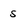
Character: s